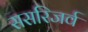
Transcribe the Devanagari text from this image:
ससरिजर्व